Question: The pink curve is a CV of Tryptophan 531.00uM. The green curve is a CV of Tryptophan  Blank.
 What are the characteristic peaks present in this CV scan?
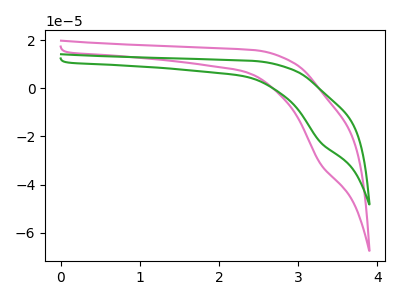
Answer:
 <answer>The pink curve "Tryptophan 531.00uM" has a cathodic peak at: (3.30V, -31.35uA). The green curve "Tryptophan  Blank" has a cathodic peak at: (3.30V, -22.40uA).</answer>
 <eval></eval>